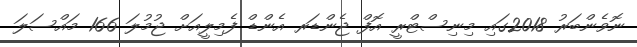
ނޮވެންބަރު 2018ގައި މިނިސްޓްރީ އޮފް ޖެންޑަރ އެންޑް ފެމިލީއަށް ޖުމުލަ 166 މައްސަލަ